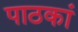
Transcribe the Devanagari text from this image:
पाठकां